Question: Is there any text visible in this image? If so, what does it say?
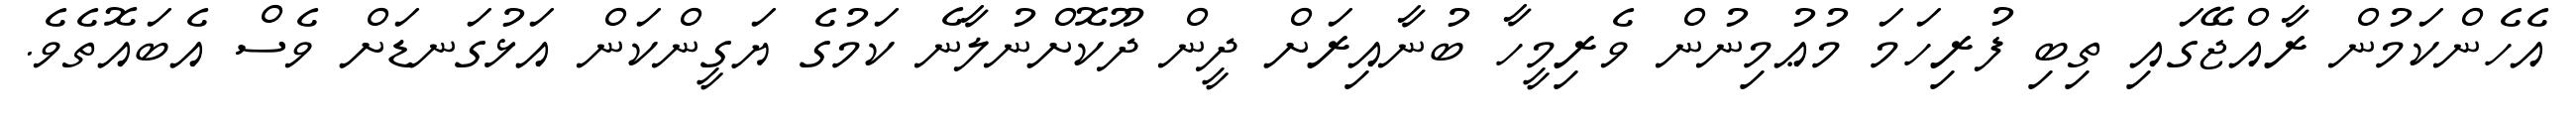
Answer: އެހެންކަމުން ރާއްޖޭގައި ތިބި ފުރިހަމަ މުޢުމިނުން ވެރިމީހާ ބުނާއިރަށް ދީން ދޫކޮށްނުލާނެ ކަމުގެ ޔަގީންކަން އަޅުގަނޑަށް ވެސް އެބައޮތެވެ.